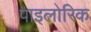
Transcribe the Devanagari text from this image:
पाइलोरिक